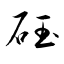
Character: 砡